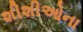
શીશીઓના